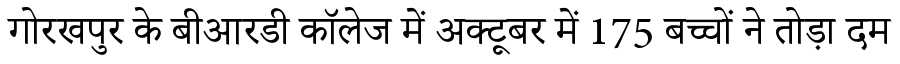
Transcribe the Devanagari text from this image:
गोरखपुर के बीआरडी कॉलेज में अक्टूबर में 175 बच्चों ने तोड़ा दम